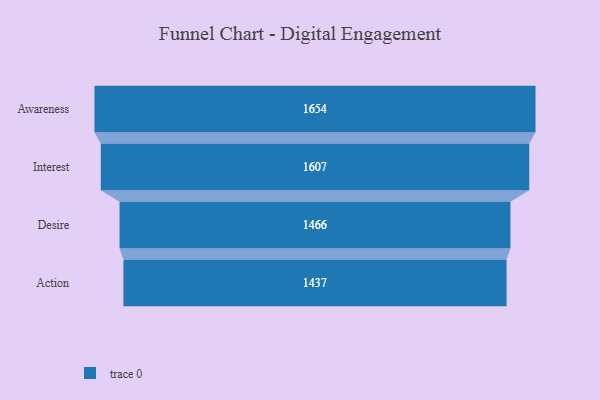
{"axis": {"x": "Stage", "y": "Value"}, "legend": [""], "data": [{"x": "Awareness", "y": 1654.0, "type": ""}, {"x": "Interest", "y": 1607.0, "type": ""}, {"x": "Desire", "y": 1466.0, "type": ""}, {"x": "Action", "y": 1437.0, "type": ""}]}